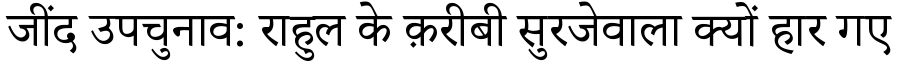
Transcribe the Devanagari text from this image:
जींद उपचुनाव: राहुल के क़रीबी सुरजेवाला क्यों हार गए